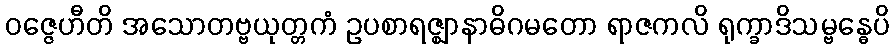
ဝဇ္ဇေဟီတိ အသောတဗ္ဗယုတ္တကံ ဥပစာရဇ္ဈာနာဓိဂမတော ရာဇကလိ ရုက္ခာဒိသမ္ဗန္ဓေပိ